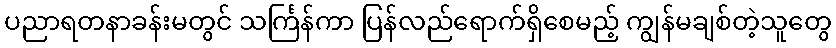
ပညာရတနာခန်းမတွင် သင်္ကြန်ကာ ပြန်လည်ရောက်ရှိစေမည့် ကျွန်မချစ်တဲ့သူတွေ